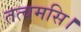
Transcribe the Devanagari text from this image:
तत्वमसि।